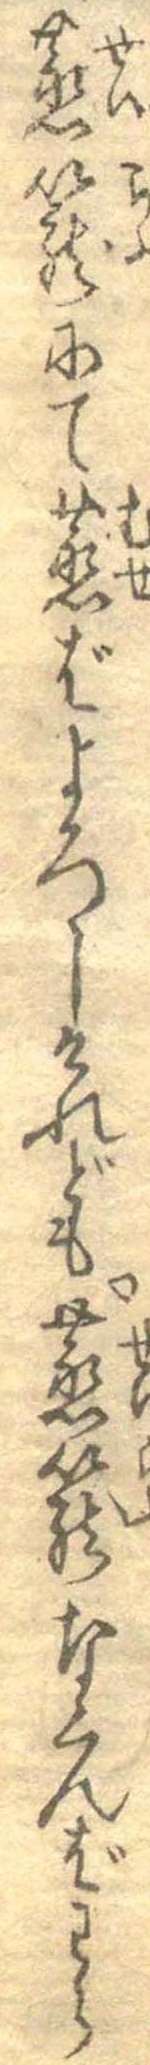
蒸篭にて蒸ばよろしけれども蒸篭なくんばわら